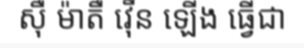
ស៊ឺ ម៉ាតឺ វ៉ើន ឡើង ធ្វើជា